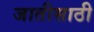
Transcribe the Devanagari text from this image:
जातीसाठी